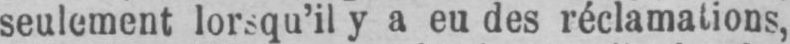
seulement lorsqu’il y a eu des réclamations,